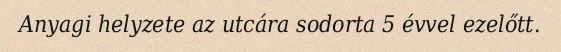
Anyagi helyzete az utcára sodorta 5 évvel ezelőtt.